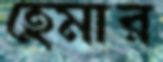
হেমার